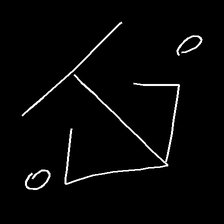
Glyph: earth